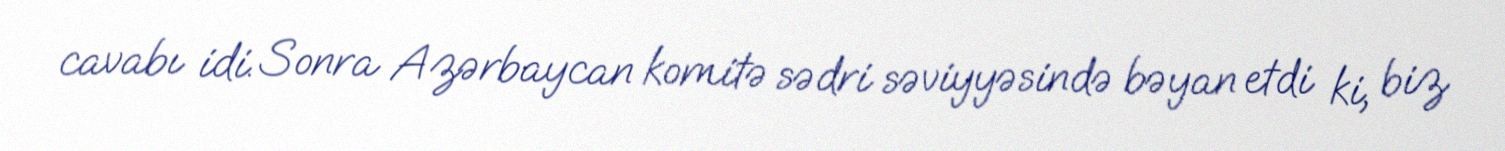
cavabı idi. Sonra Azərbaycan komitə sədri səviyyəsində bəyan etdi ki, biz